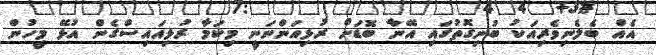
އެއް ބެލެނިވެރިއަކު ބުނިގޮތުގައި އޭނާ ބޮޑަށް ރުޅިއަންނަނީ މިކަމާ ރުޅިއައިސްގެން އުޅޭ މީހުން